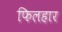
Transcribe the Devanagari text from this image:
फिलहार